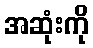
အဆုံးကို